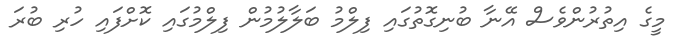
މީގެ އިތުރުންވެސް އޭނާ ބުނިގޮތުގައި ފިލްމު ބަލާލުމުން ފިލްމުގައި ކޮށްފައި ހުރި ބުރަ